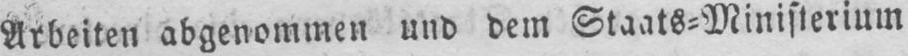
Arbeiten abgenommen und dem Staats⸗Ministerium